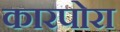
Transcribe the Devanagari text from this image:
कारपोरा